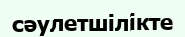
сәулетшілікте